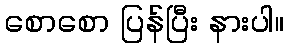
စောစော ပြန်ပြီး နားပါ။